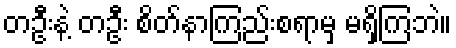
တဦးနဲ့ တဦး စိတ်နာကြည်းစရာမှ မရှိကြဘဲ။